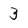
Character: 3